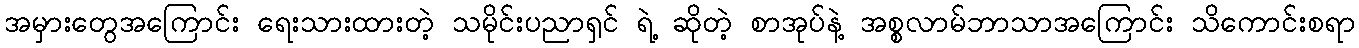
အမှားတွေအကြောင်း ရေးသားထားတဲ့ သမိုင်းပညာရှင် ရဲ့ ဆိုတဲ့ စာအုပ်နဲ့ အစ္စလာမ်ဘာသာအကြောင်း သိကောင်းစရာ